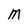
Character: M